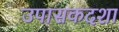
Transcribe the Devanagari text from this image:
उपासकदशा